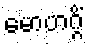
မောဟဂ္ဂိံ